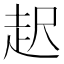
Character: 𧺫